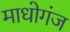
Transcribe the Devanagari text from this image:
माधोगंज